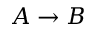
A \rightarrow B